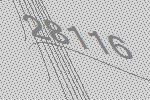
28116